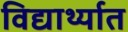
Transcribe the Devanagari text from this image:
विद्यार्थ्यात